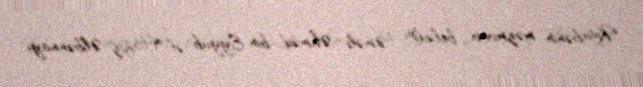
Kitabənin məzmunu belədir: ”Əməli Əhməd bin Eyyub əl-Hafiz Əlbənnayi